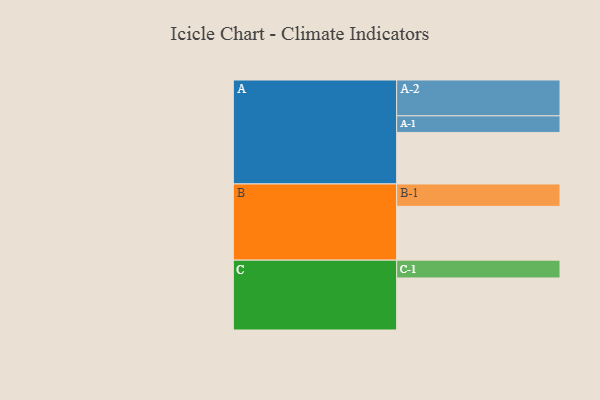
{"axis": {"x": "Segment", "y": "Value"}, "legend": ["", "A", "B", "C"], "data": [{"x": "A", "y": 414, "type": ""}, {"x": "B", "y": 432, "type": ""}, {"x": "C", "y": 418, "type": ""}, {"x": "A-1", "y": 133, "type": "A"}, {"x": "A-2", "y": 288, "type": "A"}, {"x": "B-1", "y": 180, "type": "B"}, {"x": "C-1", "y": 143, "type": "C"}]}